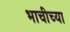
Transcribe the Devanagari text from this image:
भाचीच्या